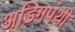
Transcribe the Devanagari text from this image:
अडिगपंथी